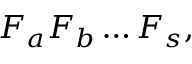
F _ { a } F _ { b } \dots F _ { s } ,